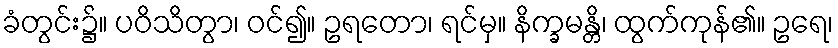
ခံတွင်း၌။ ပဝိသိတွာ၊ ဝင်၍။ ဥရတော၊ ရင်မှ။ နိက္ခမန္တိ၊ ထွက်ကုန်၏။ ဥရေ၊